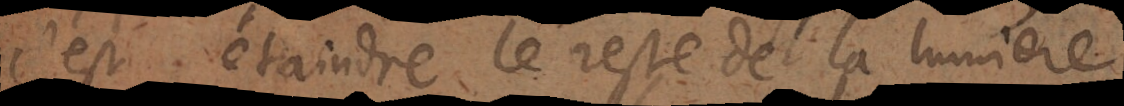
c’est éteindre le reste de la lumiere